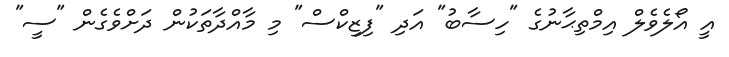
އީ އޯލެވެލް އިމްތިޙާނުގެ "ހިސާބު" އަދި "ފިޒިކްސް" މި މާއްދާތަކުން ދަށްވެގެން "ސީ"